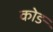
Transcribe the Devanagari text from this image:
कोङ